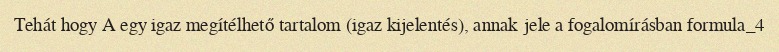
Tehát hogy A egy igaz megítélhető tartalom (igaz kijelentés), annak jele a fogalomírásban formula_4